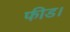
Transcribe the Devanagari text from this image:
फीड।